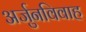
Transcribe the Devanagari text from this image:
अर्जुनविवाह